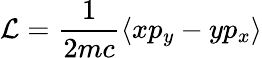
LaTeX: \mathcal{L}=\frac{1}{2mc}\langle{xp_{y}-yp_{x}\rangle}